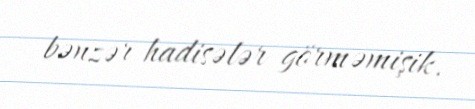
bənzər hadisələr görməmişik.